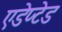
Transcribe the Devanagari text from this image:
एडेप्टेड